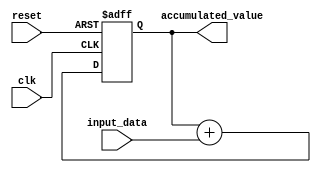
module accumulator(
    input clk,
    input reset,
    input [7:0] input_data,
    output reg [7:0] accumulated_value
);

reg [7:0] accumulator_reg;

always @(posedge clk or posedge reset) begin
    if (reset) begin
        accumulator_reg <= 8'b00000000;
    end else begin
        accumulator_reg <= accumulator_reg + input_data;
    end
end

assign accumulated_value = accumulator_reg;

endmodule